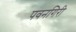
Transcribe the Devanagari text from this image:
पवनगिरी